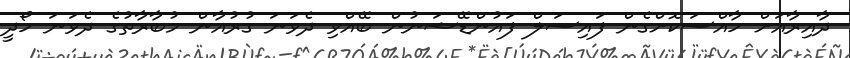
ދާއިރާއަށް ހާއްސަކޮށްގެން ފައިސަލް ފައުންޑޭޝަނުން ބޭއްވި ދެވަނަ ގުރުއާން މުބާރާތުގެ ދެވަނަ ހޯދީ